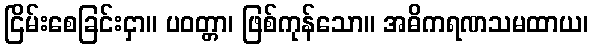
ငြိမ်းစေခြင်းငှာ။ ပဝတ္တာ၊ ဖြစ်ကုန်သော။ အဓိကရဏသမထာယ၊